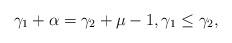
LaTeX: \begin{align*} \gamma_1+\alpha=\gamma_2+\mu-1, \gamma_1\le \gamma_2, \end{align*}